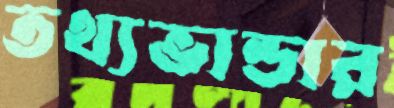
তথ্যভান্ডার